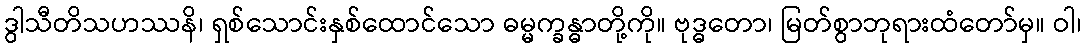
ဒွါသီတိသဟဿနိ၊ ရှစ်သောင်းနှစ်ထောင်သော ဓမ္မက္ခန္ဓာတို့ကို။ ဗုဒ္ဓတော၊ မြတ်စွာဘုရားထံတော်မှ။ ဝါ၊